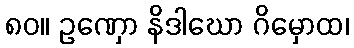
၈၀။ ဥဏှော နိဒါဃော ဂိမှောထ၊